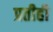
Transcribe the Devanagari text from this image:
प्रतीही